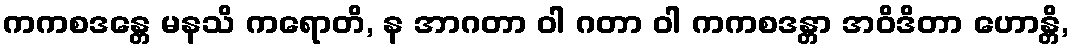
ကကစဒန္တေ မနသိ ကရောတိ, န အာဂတာ ဝါ ဂတာ ဝါ ကကစဒန္တာ အဝိဒိတာ ဟောန္တိ,